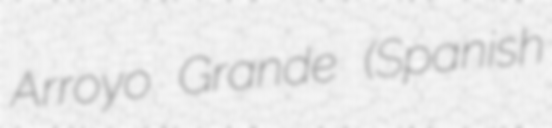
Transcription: Arroyo Grande (Spanish